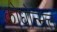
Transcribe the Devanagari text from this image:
क्रोधोन्मत्त